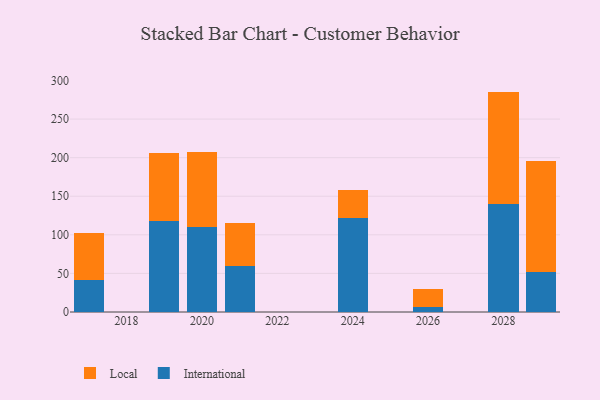
{"axis": {"x": "Year", "y": "Energy Usage (MWh)"}, "legend": ["International", "Local"], "data": [{"x": "2021", "y": 59.8, "type": "International"}, {"x": "2021", "y": 55.5, "type": "Local"}, {"x": "2019", "y": 117.8, "type": "International"}, {"x": "2019", "y": 88.5, "type": "Local"}, {"x": "2020", "y": 110.4, "type": "International"}, {"x": "2020", "y": 97.2, "type": "Local"}, {"x": "2024", "y": 121.4, "type": "International"}, {"x": "2024", "y": 37.3, "type": "Local"}, {"x": "2017", "y": 41.3, "type": "International"}, {"x": "2017", "y": 61.2, "type": "Local"}, {"x": "2029", "y": 51.9, "type": "International"}, {"x": "2029", "y": 143.3, "type": "Local"}, {"x": "2028", "y": 140.0, "type": "International"}, {"x": "2028", "y": 145.6, "type": "Local"}, {"x": "2026", "y": 7.0, "type": "International"}, {"x": "2026", "y": 22.8, "type": "Local"}]}